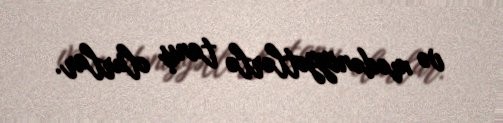
və mədəniyyətlərlə tanış olurlar.